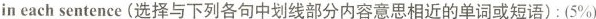
in each sentence (选择与下列各句中划线部分内容意思相近的单词或短语): (5%)